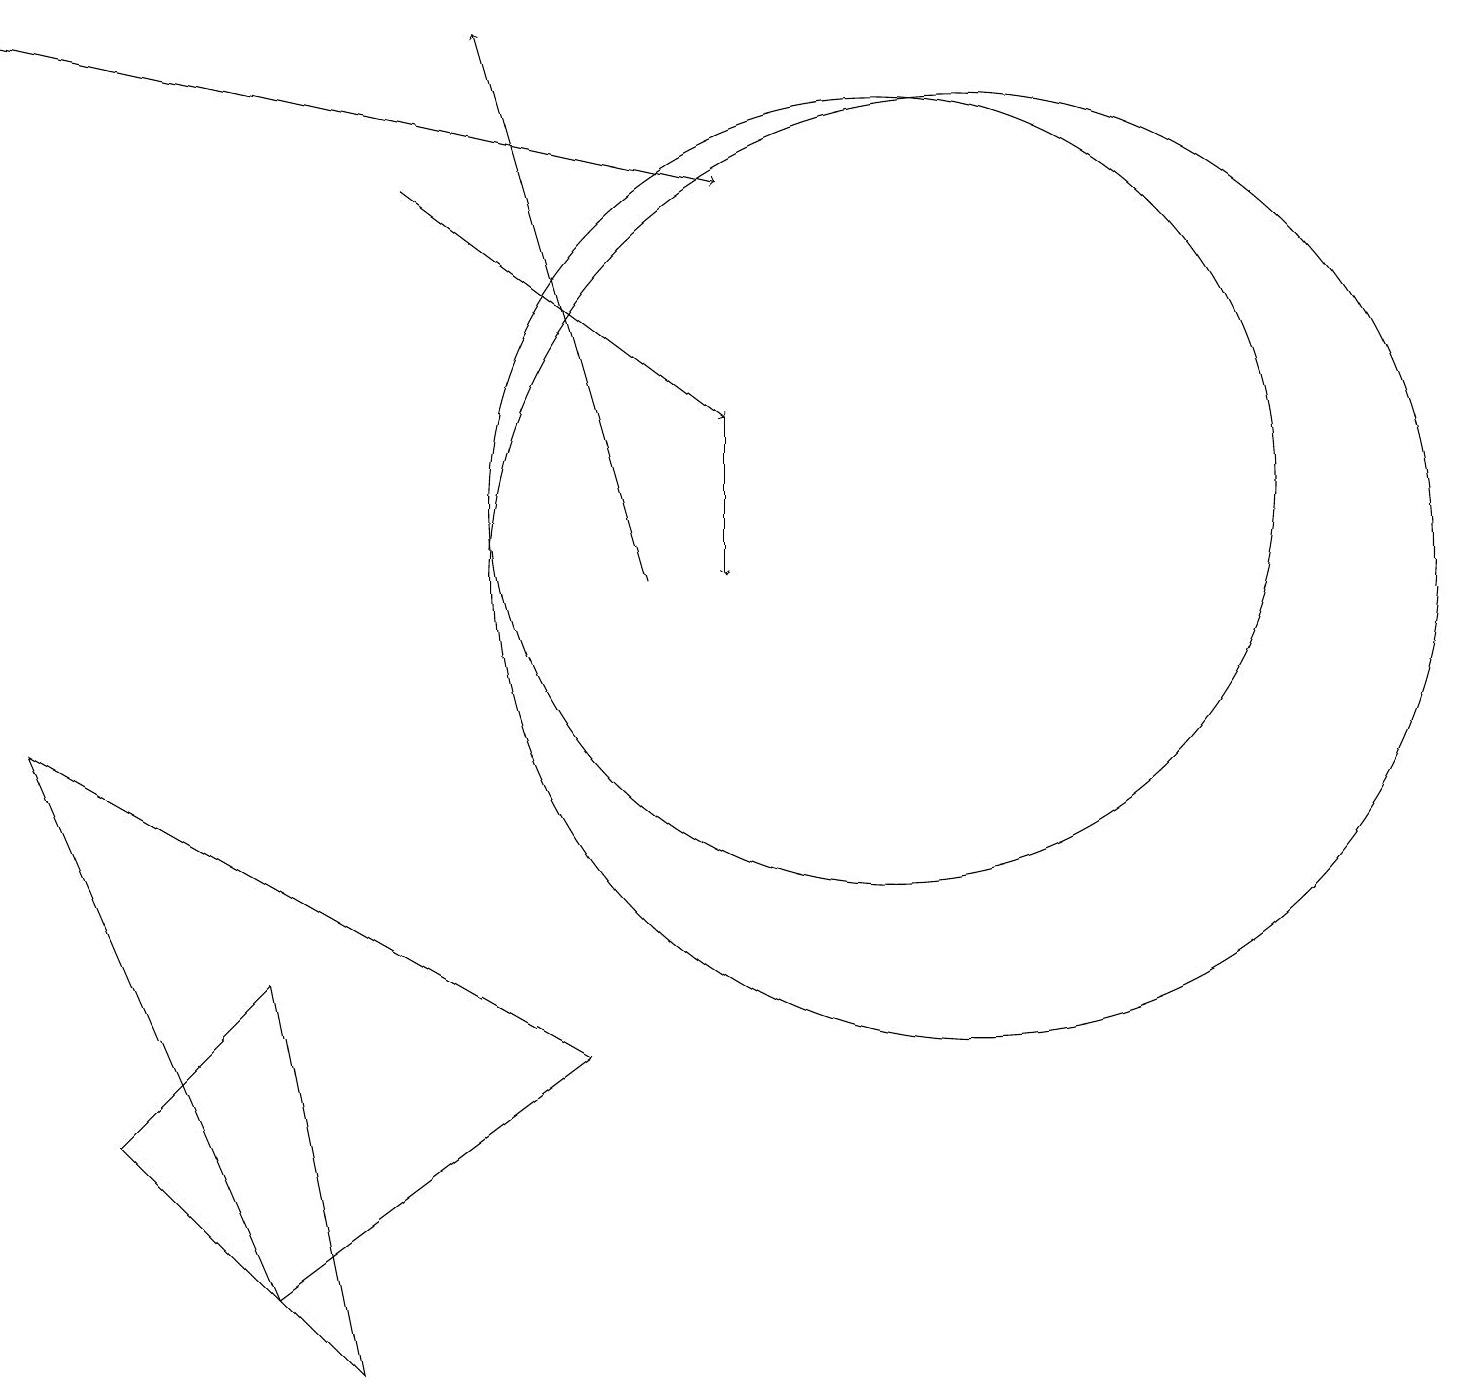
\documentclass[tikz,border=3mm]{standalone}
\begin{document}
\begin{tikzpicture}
\draw (12,10) circle (6);
\draw (11,11) circle (5);
\draw (1,3) -- (3,5) -- (4,0) -- cycle;
\draw[->] (0,17) -- (9,15);
\draw[->] (8,10) -- (6,17);
\draw[->] (9,12) -- (9,10);
\draw (7,4) -- (0,8) -- (3,1) -- cycle;
\draw[->] (5,15) -- (9,12);
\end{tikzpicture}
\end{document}